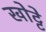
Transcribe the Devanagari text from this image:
खोट्टे